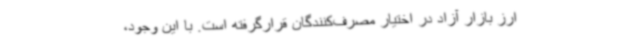
ارز بازار آزاد در اختیار مصرف‌کنندگان قرارگرفته است. با این وجود،